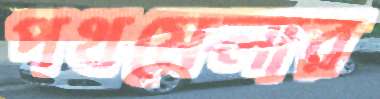
পথমেলার